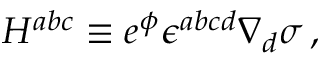
H ^ { a b c } \equiv e ^ { \phi } \epsilon ^ { a b c d } \nabla _ { d } \sigma \, ,